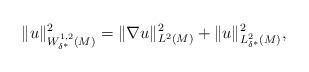
LaTeX: \begin{align*} \|u\|^2_{W^{1,2}_{\delta^\ast}(M)}=\|\nabla u\|^2_{L^2(M)}+\|u\|^2_{L^2_{\delta^\ast}(M)},\end{align*}